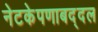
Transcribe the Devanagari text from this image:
नेटकेपणाबद्दल